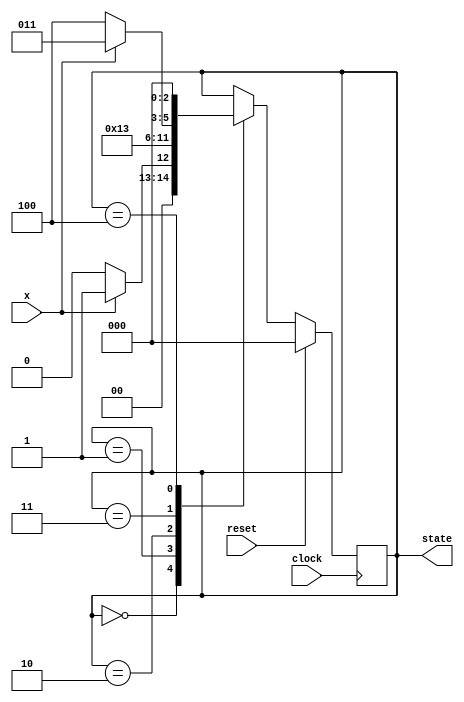
module FSM (state, x, clock, reset);
    output reg [2: 0] state;
    input x, clock, reset;

    parameter S0 = 3'b000, S1 = 3'b001, S2 = 3'b010, S3 = 3'b011, S4 = 3'b100;
    always @ (posedge clock)
    begin

        if (reset) state <= S0;
        else begin
            case(state)
                S0: state <= (x ? S1: S0);
                S1: state <= S2;
                S2: state <= S3;
                S3: state <= (x ? S3: S4);
                S4: state <= S0;
            endcase
        end
    end
endmodule

module TESTBENCH;
    reg x, clock, reset;
    wire [2: 0] state;

    FSM fsm(state, x, clock, reset);

    initial begin
        clock = 1'b0;
        reset = 1'b1;

        #15 reset  = 1'b0;
    end

    always #5 clock = ~clock;

    always @ (posedge clock)
        $display ("RESET = %b STATE = %b X = %b\n", reset, state, x);

    initial begin
        #12 x = 0; #10 x = 0; #10 x = 1; #10 x = 0; #10 x = 1;
        #10 $finish;
    end
endmodule